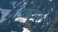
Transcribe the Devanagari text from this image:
चौरसाचा